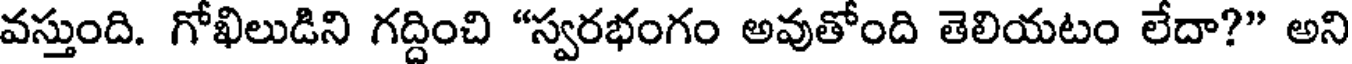
వస్తుంది. గోఖిలుడిని గద్దించి "స్వరభంగం అవుతోంది తెలియటం లేదా?" అని